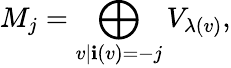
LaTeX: M_{j}=\bigoplus_{v|\mathbf{i}(v)=-j}V_{\lambda(v)},